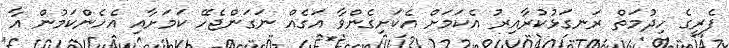
ފެރީގެ ހިދުމަތް ރަނގަޅުކުރާއިރު އެކަމަށް އެކަށިގެންވާ އަގެއް ނަގަންޖެހޭ ކަމަށާއި އެހެންކަމުން އާ